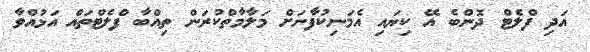
އަދި ފްލެޓް ދޮންބެ އޭ ކިޔައި އެމަނިކުފާނަށް މަލާމާތްކުރަން ތިއްބާ ފްލެޓްތައް އަޅުއްވާ